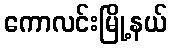
ကောလင်းမြို့နယ်